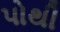
પોથી